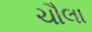
ચૌલા